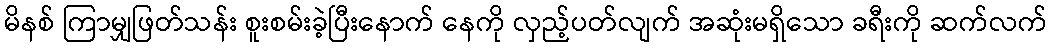
မိနစ် ကြာမျှဖြတ်သန်း စူးစမ်းခဲ့ပြီးနောက် နေကို လှည့်ပတ်လျက် အဆုံးမရှိသော ခရီးကို ဆက်လက်